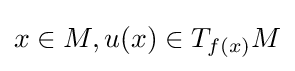
x\in M,u(x)\in T_{f(x)}M